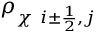
\rho _ { \chi \ i \pm \frac { 1 } { 2 } , j }